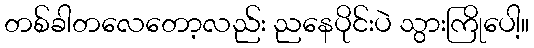
တစ်ခါတလေတော့လည်း ညနေပိုင်းပဲ သွားကြိုပေါ့။